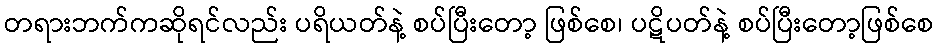
တရားဘက်ကဆိုရင်လည်း ပရိယတ်နဲ့ စပ်ပြီးတော့ ဖြစ်စေ၊ ပဋိပတ်နဲ့ စပ်ပြီးတော့ဖြစ်စေ